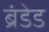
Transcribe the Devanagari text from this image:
ब्रंडेड